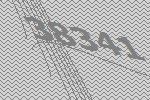
38341